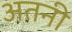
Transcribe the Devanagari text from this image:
अतनी